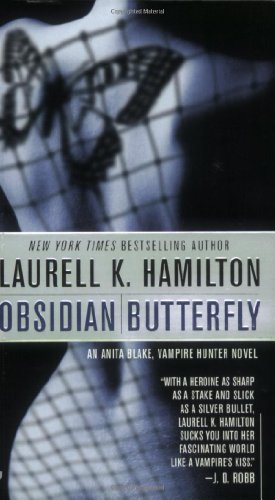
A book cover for Obsidian Butterfly (An Anita Blake, Vampire Hunter, Book 9); Laurell K. Hamilton; Romance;